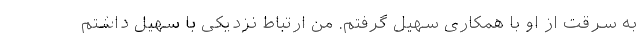
به سرقت از او با همکاری سهیل گرفتم. من ارتباط نزدیکی با سهیل داشتم